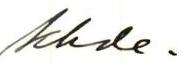
khde.